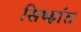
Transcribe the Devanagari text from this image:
सिध्हांत